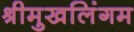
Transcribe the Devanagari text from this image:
श्रीमुखलिंगम